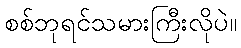
စစ်ဘုရင်သမားကြီးလိုပဲ။